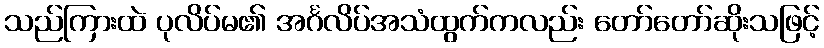
သည်ကြားထဲ ပုလိပ်မ၏ အင်္ဂလိပ်အသံထွက်ကလည်း တော်တော်ဆိုးသဖြင့်